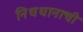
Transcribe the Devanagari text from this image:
निधधानाची